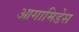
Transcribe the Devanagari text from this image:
आगामिडेस